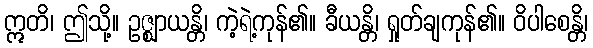
ဣတိ၊ ဤသို့။ ဥဇ္ဈာယန္တိ၊ ကဲ့ရဲ့ကုန်၏။ ခီယန္တိ၊ ရှုတ်ချကုန်၏။ ဝိပါစေန္တိ၊